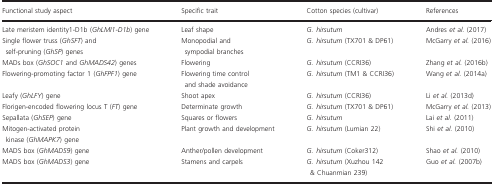
<table><thead><tr><td><b>Functional study aspect</b></td><td><b>Specific trait</b></td><td><b>Cotton species (cultivar)</b></td><td><b>References</b></td></tr></thead><tbody><tr><td>Late meristem identity1‐D1b<i> </i>(<i>GhLMI1‐D1b</i>) gene</td><td>Leaf shape</td><td><i>G. hirsutum</i></td><td>Andres <i>et al</i>. (2017)</td></tr><tr><td>Single flower truss (<i>GhSFT</i>) and self‐pruning (<i>GhSP</i>) genes</td><td>Monopodial and sympodial branches</td><td><i>G. hirsutum</i> (TX701 &amp; DP61)</td><td>McGarry <i>et al</i>. (2016)</td></tr><tr><td>MADs box (<i>GhSOC1</i> and <i>GhMADS42</i>) genes</td><td>Flowering</td><td><i>G. hirsutum</i> (CCRI36)</td><td>Zhang <i>et al</i>. (2016b)</td></tr><tr><td>Flowering‐promoting factor 1 (<i>GhFPF1</i>) gene</td><td>Flowering time control and shade avoidance</td><td><i>G. hirsutum</i> (TM1 &amp; CCRI36)</td><td>Wang <i>et al</i>. (2014a)</td></tr><tr><td>Leafy (<i>GhLFY</i>) gene</td><td>Shoot apex</td><td><i>G. hirsutum</i> (CCRI36)</td><td>Li <i>et al</i>. (2013d)</td></tr><tr><td>Florigen‐encoded flowering locus T (<i>FT</i>) gene</td><td>Determinate growth</td><td><i>G. hirsutum</i> (TX701 &amp; DP61)</td><td>McGarry <i>et al</i>. (2013)</td></tr><tr><td>Sepallata (<i>GhSEP</i>) gene</td><td>Squares or flowers</td><td><i>G. hirsutum</i></td><td>Lai <i>et al</i>. (2011)</td></tr><tr><td>Mitogen‐activated protein kinase (<i>GhMAPK7</i>) gene</td><td>Plant growth and development</td><td><i>G. hirsutum</i> (Lumian 22)</td><td>Shi <i>et al</i>. (2010)</td></tr><tr><td>MADS box (<i>GhMADS9</i>) gene</td><td>Anther/pollen development</td><td><i>G. hirsutum</i> (Coker312)</td><td>Shao <i>et al</i>. (2010)</td></tr><tr><td>MADS box (<i>GhMADS3</i>) gene</td><td>Stamens and carpels</td><td><i>G. hirsutum</i> (Xuzhou 142 &amp; Chuanmian 239)</td><td>Guo <i>et al</i>. (2007b)</td></tr></tbody></table>